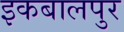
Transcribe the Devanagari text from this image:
इकबालपुर